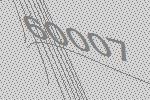
60007